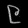
Digit: ၉